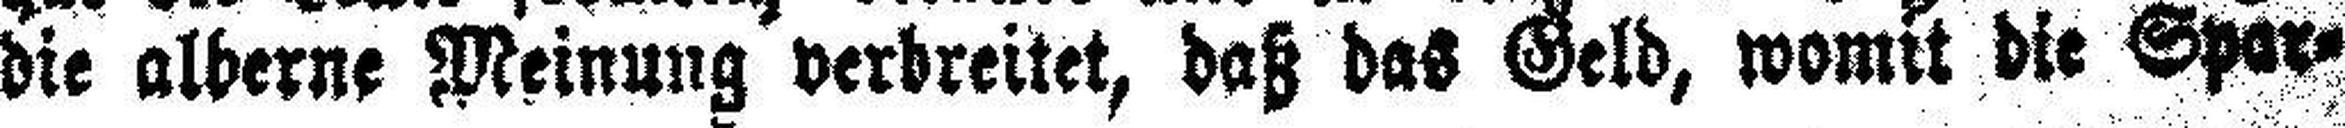
die alberne Meinung verbreitet, daß das Geld, womit die Spar¬